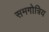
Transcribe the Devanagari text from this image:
समगोत्रिय